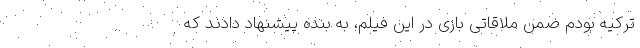
ترکیه بودم ضمن ملاقاتی بازی در این فیلم، به بنده پیشنهاد دادند که